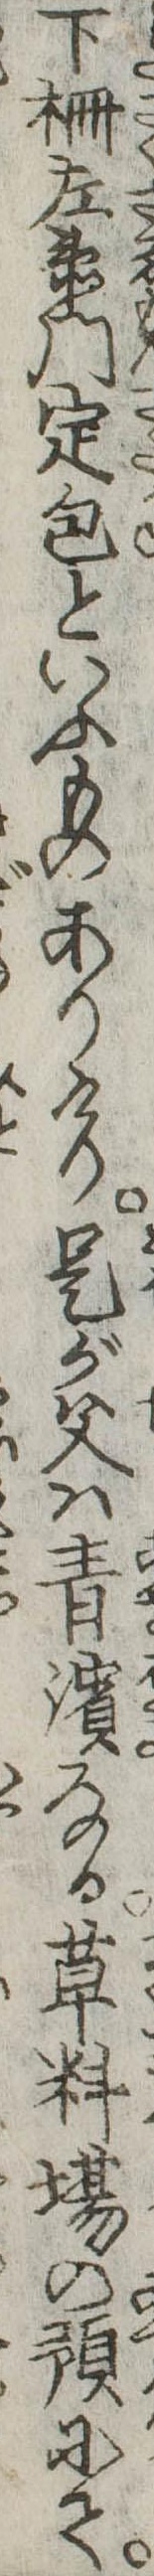
下柵左衛門定包といふものありけり是が父は青浜なる草料場の預にて